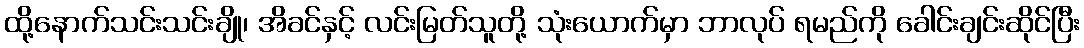
ထို့နောက်သင်းသင်းချို၊ အိခင်နှင့် လင်းမြတ်သူတို့ သုံးယောက်မှာ ဘာလုပ် ရမည်ကို ခေါင်းချင်းဆိုင်ပြီး